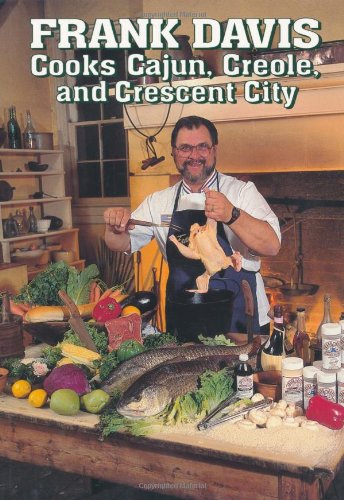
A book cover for Frank Davis Cooks Cajun, Creole, and Crescent City; Frank Davis; Cookbooks, Food & Wine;